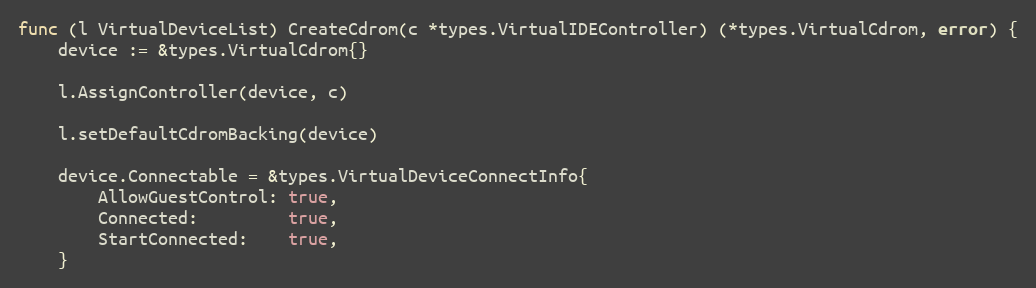
Language: Go
func (l VirtualDeviceList) CreateCdrom(c *types.VirtualIDEController) (*types.VirtualCdrom, error) {
	device := &types.VirtualCdrom{}

	l.AssignController(device, c)

	l.setDefaultCdromBacking(device)

	device.Connectable = &types.VirtualDeviceConnectInfo{
		AllowGuestControl: true,
		Connected:         true,
		StartConnected:    true,
	}